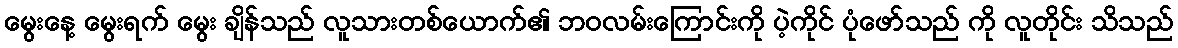
မွေးနေ့ မွေးရက် မွေး ချိန်သည် လူသားတစ်ယောက်၏ ဘဝလမ်းကြောင်းကို ပဲ့ကိုင် ပုံဖော်သည် ကို လူတိုင်း သိသည်